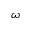
\omega